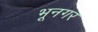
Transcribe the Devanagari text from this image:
भूनगर